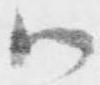
御